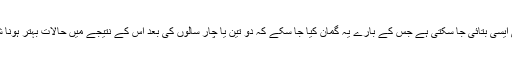
کیا کوئی ایک پالیسی ایسی بتائی جا سکتی ہے جس کے بارے یہ گمان کیا جا سکے کہ دو تین یا چار سالوں کی بعد اس کے نتیجے میں حالات بہتر ہونا شروع ہو جائیں گے؟